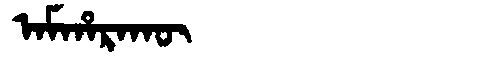
Manchu: ᠠᠮᡥᠠᡵᠠᡴᡡ
Romanization: AMHARAKŪ